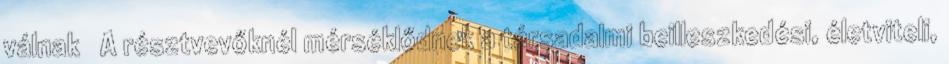
válnak  A résztvevőknél mérséklődnek a társadalmi beilleszkedési, életviteli,